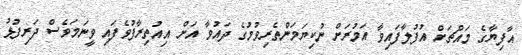
އާފިޔާގެ މައްޗަށް އުފުލާފައިވާ އަމުރަށް ނުކިޔަމަންތެރިވުމުގެ ދައުވާ އަށް އިއުތިރާފުވެފައި ވީނަމަވެސް ދަރިފުޅު